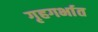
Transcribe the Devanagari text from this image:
गृहगर्भात